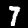
Digit: 7